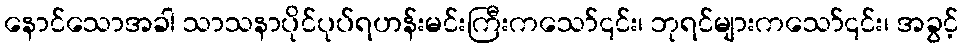
နောင်သောအခါ သာသနာပိုင်ပုပ်ရဟန်းမင်းကြီးကသော်၎င်း၊ ဘုရင်များကသော်၎င်း၊ အခွင့်